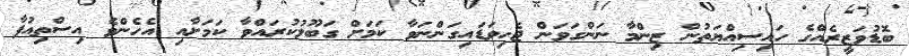
ބޮޑުވަޒީރެއްގެ ހައިސިއްޔަތުން ޒިންމާ ނަންގަވަން ޖެހިވަޑައިގަންނަވާ ކަމަށް ގަބޫލުކުރައްވާ ކަމަށާއި އެހެންވެ އިސްތިއުފާ